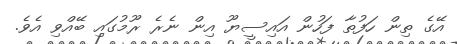
އޭގެ ތިން ހަފުތާ ފަހުން އައިސީޔޫ އިން ނެރެ ރޫމުގައި ބޭއްވި އެވެ.